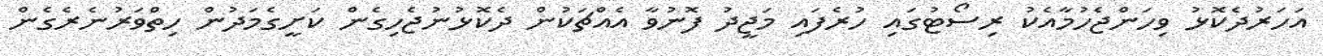
އަހަރުދެކޮޅު ވިހަންޖެހުމާއެކު ރިސޯޓުގައި ހުރެފައި މަޖީދު ފޮނުވާ އެއްޗަކުން ދެކޮޅުނުޖެހިގެން ކަށީގެމަދުން ހިތްވަރުނެރެގެން